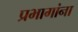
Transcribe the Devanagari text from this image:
प्रभागांना